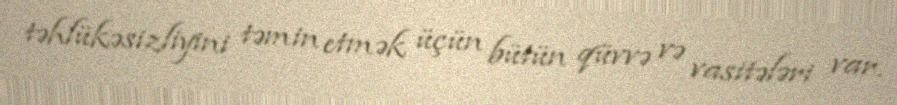
təhlükəsizliyini təmin etmək üçün bütün qüvvə və vasitələri var.